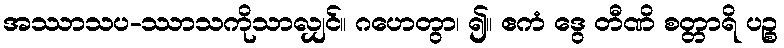
အဿာသပ-ဿာသကိုသာလျှင်။ ဂဟေတွာ၊ ၍။ ဧကံ ဒွေ တီဏိ စတ္တာရိ ပဉ္စ